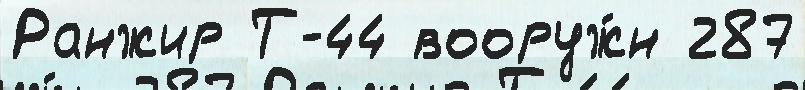
Ранжир Т-44 вооруж́н 287